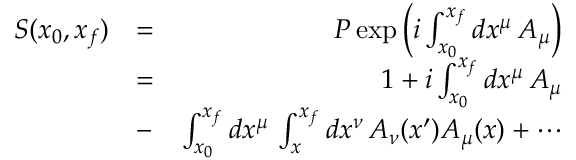
\begin{array} { r l r } { S ( x _ { 0 } , x _ { f } ) } & { = } & { P \exp \left( i \int _ { x _ { 0 } } ^ { x _ { f } } d x ^ { \mu } \, A _ { \mu } \right) } \\ & { = } & { 1 + i \int _ { x _ { 0 } } ^ { x _ { f } } d x ^ { \mu } \, A _ { \mu } } \\ & { - } & { \int _ { x _ { 0 } } ^ { x _ { f } } d x ^ { \mu } \, \int _ { x } ^ { x _ { f } } d x ^ { \nu } \, A _ { \nu } ( x ^ { \prime } ) A _ { \mu } ( x ) + \cdots } \end{array}